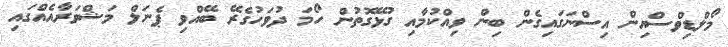
މޯލްޑިވްސްއިން އިސްނަގައިގެން ބިން ވިއްކުމާއި ގުޅޭގޮތުން ހޯމަ ދުވަހުގެރޭ ބޭއްވި ޕެނަލް މަޝްވަރާއެއްގައި